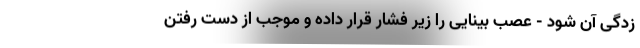
زدگی آن شود - عصب بینایی را زیر فشار قرار داده و موجب از دست رفتن